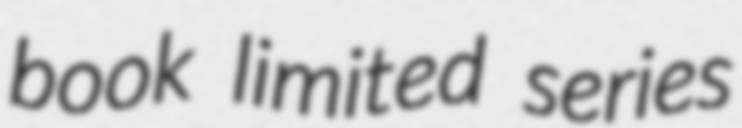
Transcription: book limited series